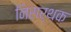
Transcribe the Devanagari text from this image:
निरार्थक